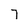
Character: 7